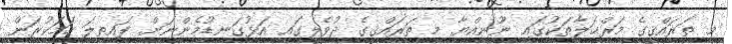
މި ތަރައްޤީގެ މަރްޙަލާތަކުގައި ނޫނިއްޔާ މި ތަރައްޤީގެ ދުވެލީގައި އަޅުގަނޑުމެންނަށް ފައިތިލަ ހަމަކުރަން